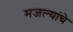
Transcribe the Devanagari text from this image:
मजल्यांचे